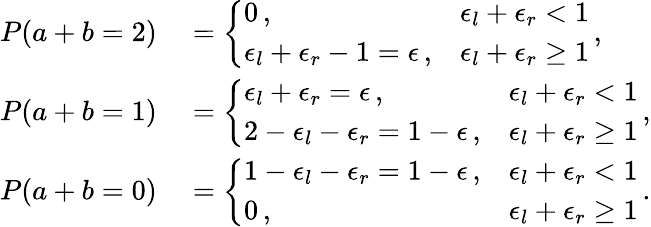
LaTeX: \begin{array}{rl}{P(a+b=2)}&{{}=\left\{ \begin{array}{ll}{0\, ,}&{\epsilon_{l}+\epsilon_{r}<1}\\ {\epsilon_{l}+\epsilon_{r}-1=\epsilon\, ,}&{\epsilon_{l}+\epsilon_{r}\geq 1}\end{array}\right.\, ,}\\ {P(a+b=1)}&{{}=\left\{ \begin{array}{ll}{\epsilon_{l}+\epsilon_{r}=\epsilon\, ,}&{\epsilon_{l}+\epsilon_{r}<1}\\ {2-\epsilon_{l}-\epsilon_{r}=1-\epsilon\, ,}&{\epsilon_{l}+\epsilon_{r}\geq 1}\end{array}\right.\, ,}\\ {P(a+b=0)}&{{}=\left\{ \begin{array}{ll}{1-\epsilon_{l}-\epsilon_{r}=1-\epsilon\, ,}&{\epsilon_{l}+\epsilon_{r}<1}\\ {0\, ,}&{\epsilon_{l}+\epsilon_{r}\geq 1}\end{array}\right.\, .}\end{array}